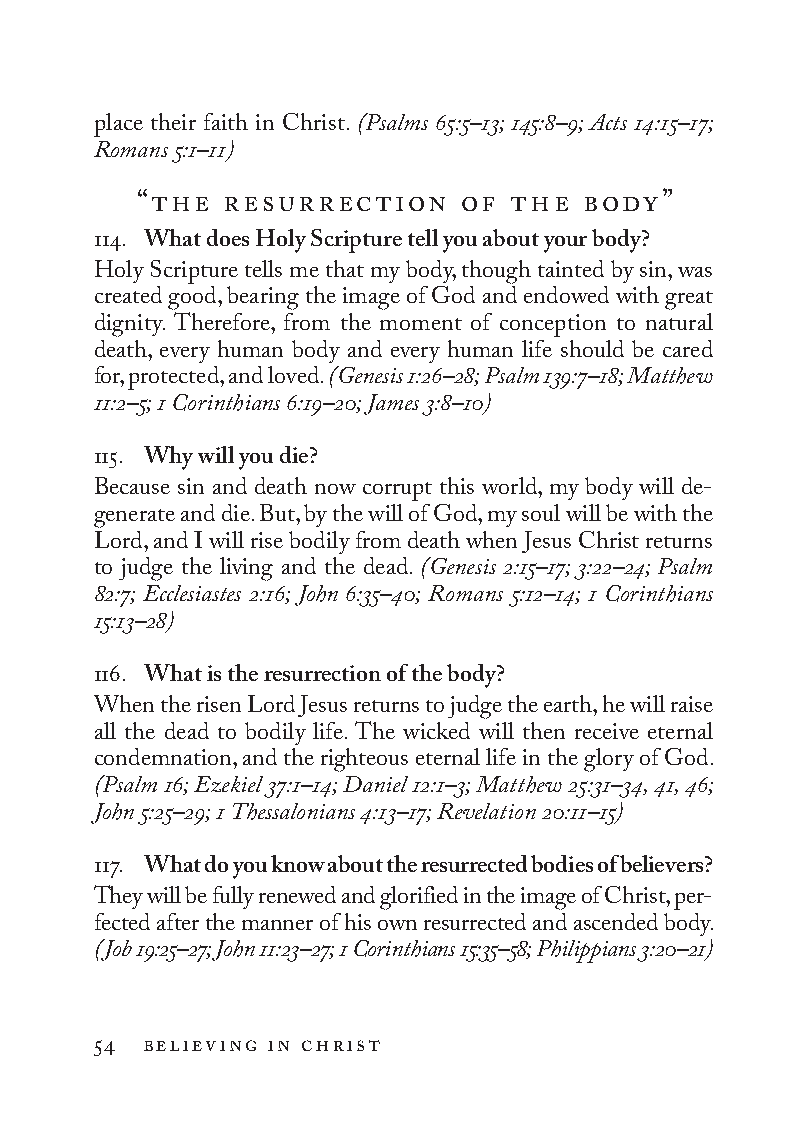
place their faith in Christ. (Psalms 65:5–13; 145:8–9; Acts 14:15–17;
 Romans 5:1–11)
 “the  resurrection    of the  body”
 114. What does Holy Scripture tell you about your body?
 Holy Scripture tells me that my body, though tainted by sin, was
 created good, bearing the image of God and endowed with great
 dignity. Therefore, from the moment of conception to natural
 death, every human body and every human life should be cared
 for, protected, and loved. (Genesis 1:26–28; Psalm 139:7–18; Matthew
 11:2–5; 1 Co rin thi ans 6:19–20; James 3:8–10)
 115. Why will you die?
 Because sin and death now corrupt this world, my body will de-
 generate and die. But, by the will of God, my soul will be with the
 Lord, and I will rise bodily from death when Jesus Christ returns
 to judge the living and the dead. (Genesis 2:15–17; 3:22–24; Psalm
 82:7; Ecclesiastes 2:16; John 6:35–40; Romans 5:12–14; 1 Cor in thi ans
 15:13–28)
 116. What is the resurrection of the body?
 When the risen Lord Jesus returns to judge the earth, he will raise
 all the dead to bodily life. The wicked will then receive eternal
 condemnation, and the righteous eternal life in the glory of God.
 (Psalm 16; Ezekiel 37:1–14; Daniel 12:1–3; Matthew 25:31–34, 41, 46;
 John 5:25–29; 1 Thessalonians 4:13–17; Revelation 20:11–15)
 117. What do you know about the resurrected bodies of believers?
 They will be fully renewed and glorified in the image of Christ, per-
 fected after the manner of his own resurrected and ascended body.
 (Job 19:25–27; John 11:23–27; 1 Cor int hia ns 15:35–58; Philippians 3:20–21)
 54 believing in christ
 To be a Christian.566776.int.indd 54        11/13/19 1:31 PM